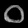
Digit: ၀